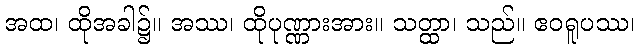
အထ၊ ထိုအခါ၌။ အဿ၊ ထိုပုဏ္ဏားအား။ သတ္ထာ၊ သည်။ ဧဝရူပဿ၊